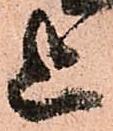
上